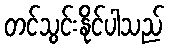
တင်သွင်းနိုင်ပါသည်